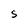
Character: S